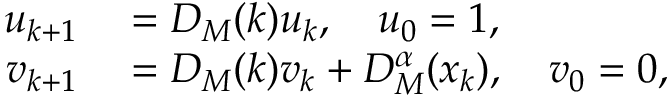
\begin{array} { r l } { u _ { k + 1 } } & { { } = D _ { M } ( k ) u _ { k } , \quad u _ { 0 } = 1 , } \\ { v _ { k + 1 } } & { { } = D _ { M } ( k ) v _ { k } + D _ { M } ^ { \alpha } ( x _ { k } ) , \quad v _ { 0 } = 0 , } \end{array}